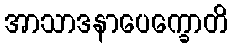
အာသာဒနာပေက္ခောတိ